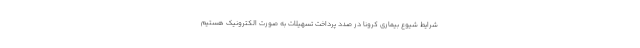
شرایط شیوع بیماری کرونا در صدد پرداخت تسهیلات به صورت الکترونیک هستیم